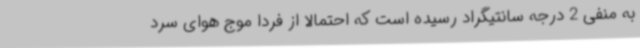
به منفی 2 درجه سانتیگراد رسیده است که احتمالا از فردا موج هوای سرد